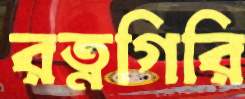
রত্নগিরি